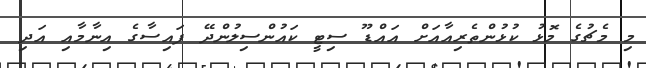
މި މެޗުގެ މޮޅު ކުޅުންތެރިއާއަށް އައްޑޫ ސިޓީ ކައުންސިލުންދޭ ފައިސާގެ އިނާމާއި އަދި